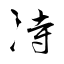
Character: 洔